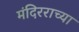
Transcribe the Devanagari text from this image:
मंदिरराच्या